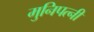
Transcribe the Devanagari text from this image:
मुनिपत्‍नी